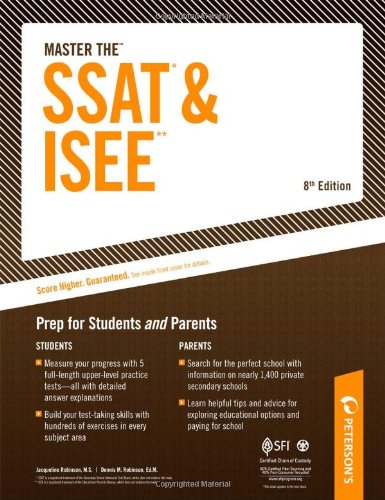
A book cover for Master The SSAT* & ISEE**: Prep for Students and Parents (Master the Ssat and Isee); Jacqueline Robinson; Test Preparation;